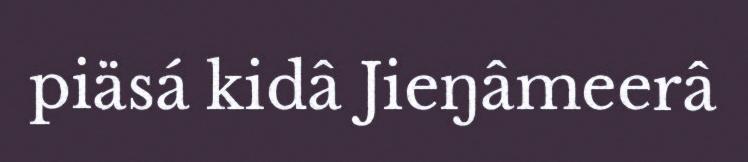
piäsá kidâ Jieŋâmeerâ